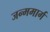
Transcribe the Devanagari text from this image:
जन्ममार्ग